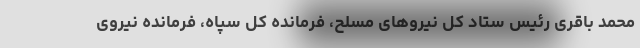
محمد باقری رئیس ستاد کل نیروهای مسلح، فرمانده کل سپاه، فرمانده نیروی